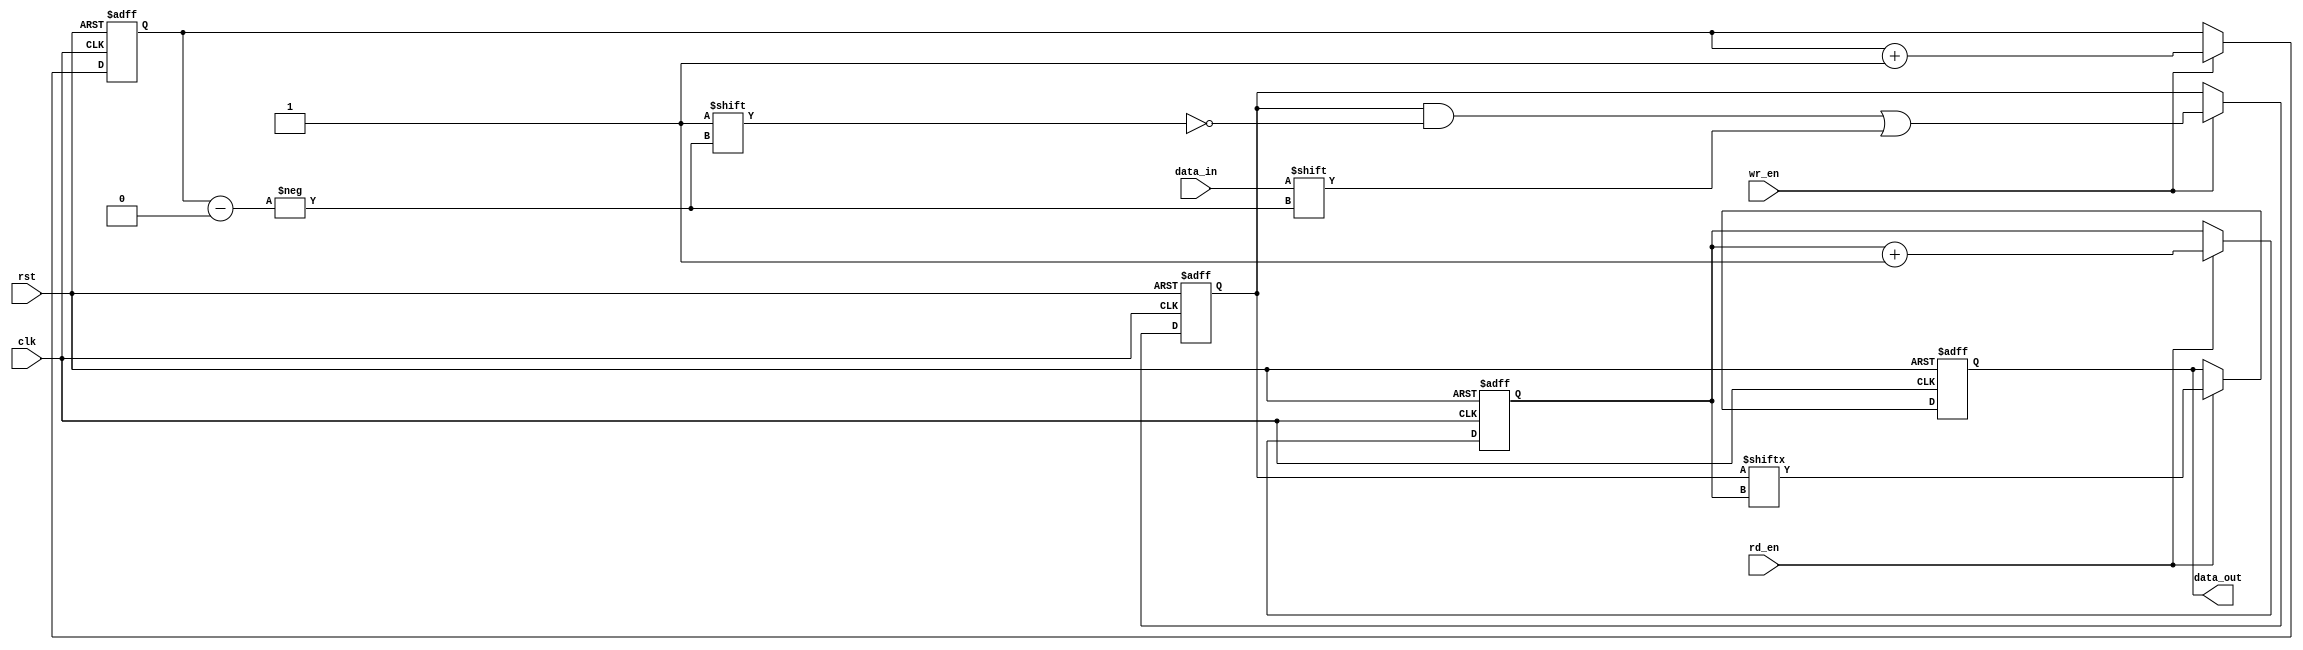
module gray_fifo (
    input wire clk,
    input wire rst,
    input wire wr_en,
    input wire rd_en,
    input wire data_in,
    output reg data_out
);

parameter FIFO_DEPTH = 16; // Specify the depth of the FIFO

reg [FIFO_DEPTH-1:0] fifo_mem;
reg [FIFO_DEPTH-1:0] wr_ptr;
reg [FIFO_DEPTH-1:0] rd_ptr;

always @(posedge clk or posedge rst) begin
    if (rst) begin
        fifo_mem <= 0;
        wr_ptr <= 0;
        rd_ptr <= 0;
        data_out <= 0;
    end else begin
        if (wr_en) begin
            fifo_mem[wr_ptr] <= data_in;
            wr_ptr <= wr_ptr + 1;
        end

        if (rd_en) begin
            data_out <= fifo_mem[rd_ptr];
            rd_ptr <= rd_ptr + 1;
        end
    end
end

endmodule